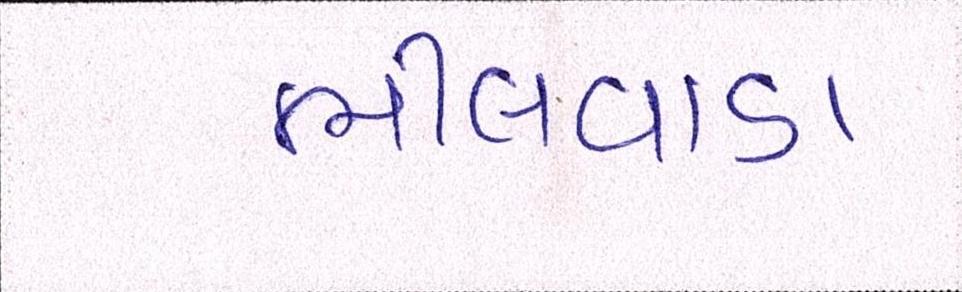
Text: ભીલવાડા